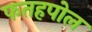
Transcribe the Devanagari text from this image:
फतहपोल